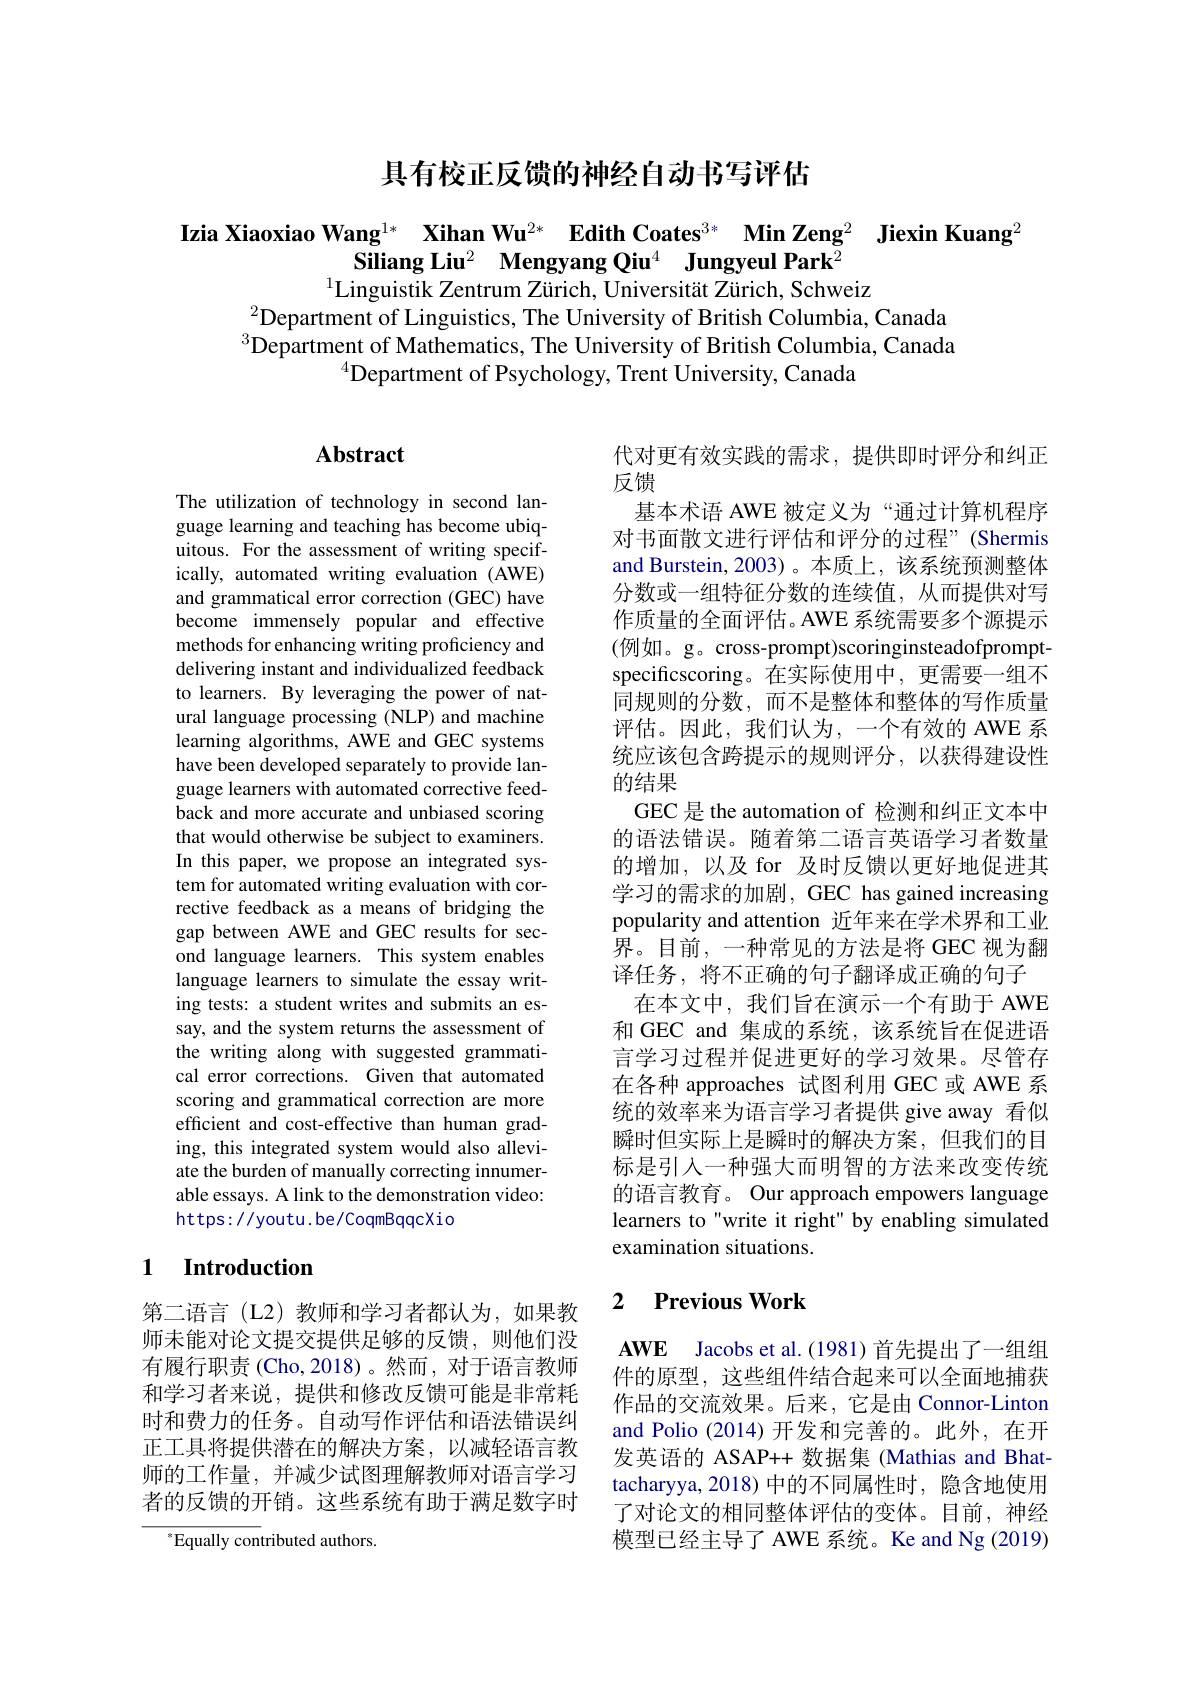
具有校正反馈的神经自动书写评估

$\begin{array}{c}\textbf{Izia Xiaoxiao Wang}^{1*}&\textbf{Xihan Wu}^{2*}&\textbf{Edith Coates}^{3*}&\textbf{Min Zeng}^{2}&\textbf{Jiexin Kuang}^{2}\\\text{Siliang Liu}^{2}&\textbf{Mengyang Qiu}^{4}&\textbf{Jungyeul Park}^{2}\end{array}$
$^{1}\bar{\text{Linguistik Zentrum Zürich, Universität Zürich, Schweiz}}$

$^{2}$Department of Linguistics, The University of British Columbia, Canada $^{3}$Department of Mathematics, The University of British Columbia, Canada
$^{4}$Department of Psychology, Trent University, Canada

# Abstract

代对更有效实践的需求，提供即时评分和纠正
反馈
基本术语 AWE 被定义为“通过计算机程序对书面散文进行评估和评分的过程”(Shermis and Burstein, 2003)。本质上，该系统预测整体分数或一组特征分数的连续值，从而提供对写作质量的全面评估。AWE 系统需要多个源提示(例如。g。cross-prompt)scoringinsteadofpromptspecificscoring。在实际使用中，更需要一组不同规则的分数，而不是整体和整体的写作质量评估。因此，我们认为，一个有效的 AWE 系统应该包含跨提示的规则评分，以获得建设性的结果
GEC 是 the automation of 检测和纠正文本中的语法错误。随着第二语言英语学习者数量的增加，以及 for 及时反馈以更好地促进其学习的需求的加剧，GEC has gained increasing popularity and attention 近年来在学术界和工业界。目前，一种常见的方法是将 GEC 视为翻译任务，将不正确的句子翻译成正确的句子
在本文中，我们旨在演示一个有助于 AWE 和 GEC and 集成的系统，该系统旨在促进语言学习过程并促进更好的学习效果。尽管存在各种 approaches 试图利用 GEC 或 AWE 系统的效率来为语言学习者提供 give away 看似瞬时但实际上是瞬时的解决方案，但我们的目标是引入一种强大而明智的方法来改变传统的语言教育。Our approach empowers language learners to"write it right" by enabling simulated examination situations.

The utilization of technology in second language learning and teaching has become ubiquitous. For the assessment of writing specifically, automated writing evaluation (AWE) and grammatical error correction (GEC) have become immensely popular and effective methods for enhancing writing proficiency and delivering instant and individualized feedback to learners. By leveraging the power of natural language processing (NLP) and machine learning algorithms, AWE and GEC systems have been developed separately to provide language learners with automated corrective feedback and more accurate and unbiased scoring that would otherwise be subject to examiners. In this paper, we propose an integrated system for automated writing evaluation with corrective feedback as a means of bridging the gap between AWE and GEC results for second language learners. This system enables language learners to simulate the essay writing tests: a student writes and submits an essay, and the system returns the assessment of the writing along with suggested grammatical error corrections. Given that automated scoring and grammatical correction are more efficient and cost-effective than human grading, this integrated system would also alleviate the burden of manually correcting innumerable essays. A link to the demonstration video: https: / youtu. be/ CoqmB qqc X i o

### 1 Introduction

### 2 $\textbf{Previous Work}$

第二语言(L2)教师和学习者都认为，如果教师未能对论文提交提供足够的反馈，则他们没有履行职责 (Cho,2018)。然而，对于语言教师和学习者来说，提供和修改反馈可能是非常耗时和费力的任务。自动写作评估和语法错误纠正工具将提供潜在的解决方案，以减轻语言教师的工作量，并减少试图理解教师对语言学习者的反馈的开销。这些系统有助于满足数字时

$\mathbf{AWE}$ Jacobs et al.(1981) 首先提出了一组组件的原型，这些组件结合起来可以全面地捕获作品的交流效果。后来，它是由 Connor-Linton and Polio (2014)开发和完善的。此外，在开发英语的 ASAP++ 数据集 (Mathias and Bhattacharyya,2018)中的不同属性时，隐含地使用了对论文的相同整体评估的变体。目前，神经模型已经主导了 AWE 系统。Ke and Ng (2019)

${^{*}}{\mathrm{Equally~contributed~authors.}}$